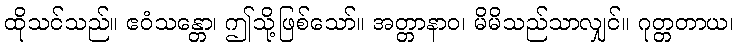
ထိုသင်သည်။ ဧဝံသန္တော၊ ဤသို့ဖြစ်သော်။ အတ္တာနာဝ၊ မိမိသည်သာလျှင်။ ဂုတ္တတာယ၊